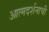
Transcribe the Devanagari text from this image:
आत्मदर्शनाची